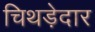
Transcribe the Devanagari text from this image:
चिथड़ेदार